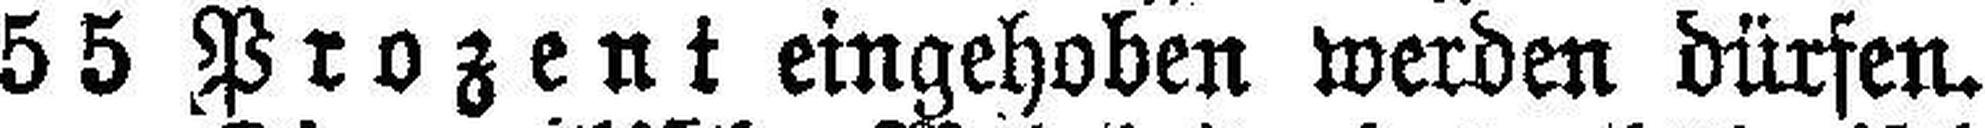
55 Prozent eingehoben werden dürfen.